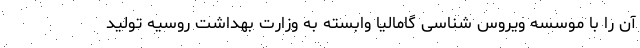
آن را با موسسه ویروس شناسی گامالیا وابسته به وزارت بهداشت روسیه تولید